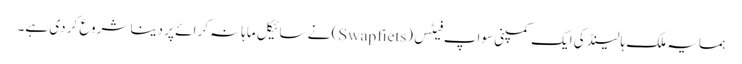
ہمسایہ ملک ہالینڈ کی ایک کمپنی سواپ فیٹس (Swapfiets) نے سائیکل ماہانہ کرائے پر دینا شروع کر دی ہے۔